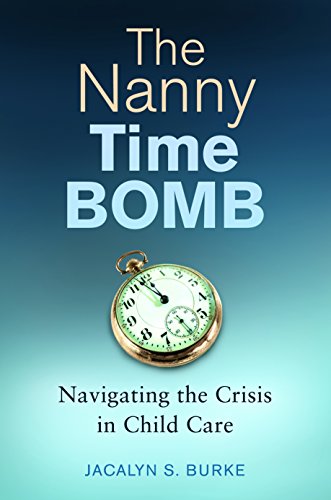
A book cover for The Nanny Time Bomb: Navigating the Crisis in Child Care; Jacalyn  S. Burke; Parenting & Relationships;